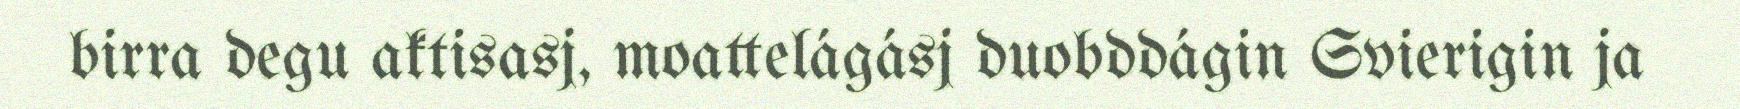
birra degu aktisasj, moattelágásj duobddágin Svierigin ja